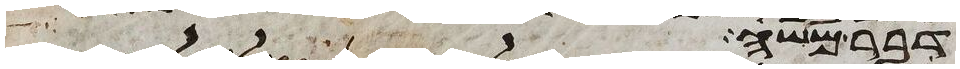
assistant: דבר משה